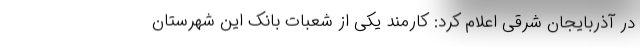
در آذربایجان شرقی اعلام کرد: کارمند یکی از شعبات بانک این شهرستان